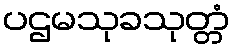
ပဌမသုခသုတ္တံ